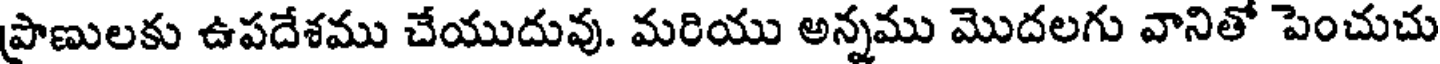
ప్రాణులకు ఉపదేశము చేయుదువు. మరియు అన్నము మొదలగు వానితో పెంచుచు